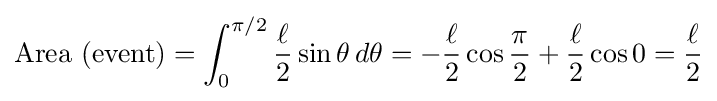
{\text{Area (event)}}=\int _{0}^{\pi /2}{\frac {\ell }{2}}\sin \theta \,d\theta =-{\frac {\ell }{2}}\cos {\frac {\pi }{2}}+{\frac {\ell }{2}}\cos 0={\frac {\ell }{2}}